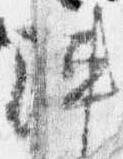
陣